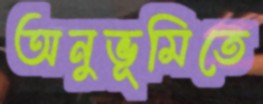
অনুভূমিতে